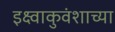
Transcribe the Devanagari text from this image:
इक्ष्वाकुवंशाच्या